Lunatic asylums in Bengal annual reports 1899-1911 - 1899-1911
Year: 1899
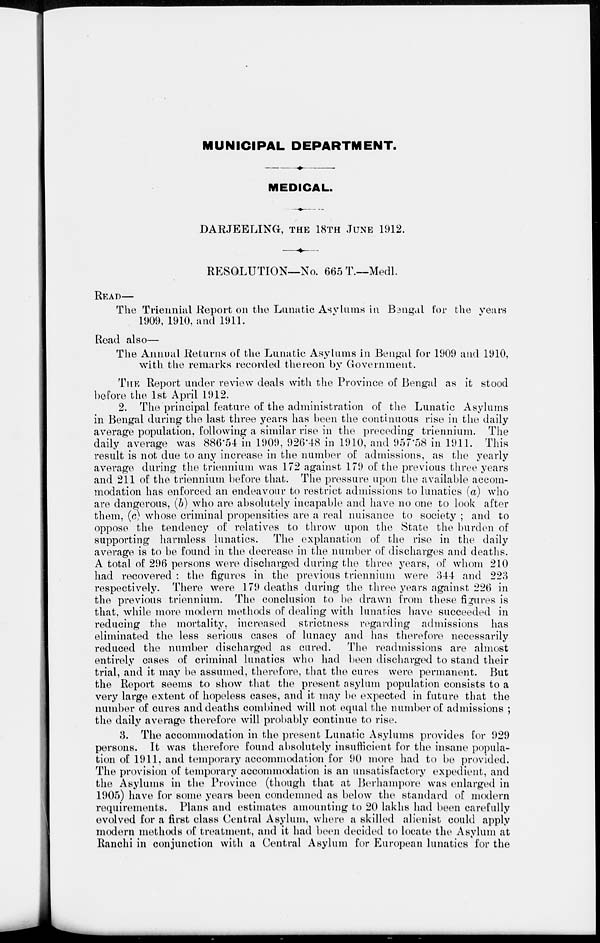
MUNICIPAL DEPARTMENT.
MEDICAL.
DARJEELING, THE 18TH JUNE 1912.
RESOLUTION—No. 665 T.—Medl.
READ—
The Triennial Report on the Lunatic Asylums in Bengal for the years
1909, 1910, and 1911.
Read also—
The Annual Returns of the Lunatic Asylums in Bengal for 1909 and 1910,
with the remarks recorded the reon by Government.
THE Report under review deals with the Province of Bengal as it stood
before the 1st April 1912.
2. The principal feature of the administration of the Lunatic Asylums
in Bengal during the last three years has been the continuous rise in the daily
average population, following a similar rise in the preceding triennium. The
daily average was 886.54 in 1909, 926.48 in 1910, and 957.58 in 1911. This
result is not due to any increase in the number of admissions, as the yearly
average during the triennium was 172 against 179 of the previous three years
and 211 of the triennium before that. The pressure upon the available accom-
modation has enforced an endeavour to restrict admissions to lunatics (a) who
are dangerous, (b) who are absolutely incapable and have no one to look after
them, (c) whose criminal propensities are a real nuisance to society ; and to
oppose the tendency of relatives to throw upon the State the burden of
supporting harmless lunatics. The explanation of the rise in the daily
average is to be found in the decrease in the number of discharges and deaths.
A total of 296 persons were discharged during the three years, of whom 210
had recovered : the figures in the previous triennium were 344 and 223
respectively. There were 179 deaths during the three years against 226 in
the previous triennium. The conclusion to be drawn from these figures is
that, while more modern methods of dealing with lunatics have succeeded in
reducing the mortality, increased strictness regarding admissions has
eliminated the less serious cases of lunacy and has therefore necessarily
reduced the number discharged as cured.
The readmissions are almost
entirely cases of criminal lunatics who had been discharged to stand their
trial, and it may be assumed, therefore, that the cures were permanent. But
the Report seems to show that the present asylum population consists to a
very large extent of hopeless cases, and it may be expected in future that the
number of cures and deaths combined will not equal the number of admissions ;
the daily average therefore will probably continue to rise.
3. The accommodation in the present Lunatic Asylums provides for 929
persons. It was therefore found absolutely insufficient for the insane popula-
tion of 1911, and temporary accommodation for 90 more had to be provided.
The provision of temporary accommodation is an unsatisfactory expedient, and
the Asylums in the Province (though that at Berhampore was enlarged in
1905) have for some years been condemned as below the standard of modern
requirements. Plans and estimates amounting to 20 lakhs had been carefully
evolved for a first class Central Asylum, where a skilled alienist could apply
modern methods of treatment, and it had been decided to locate the Asylum at
Ranchi in conjunction with a Central Asylum for European lunatics for the